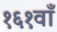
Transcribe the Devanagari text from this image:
१६१वाँ